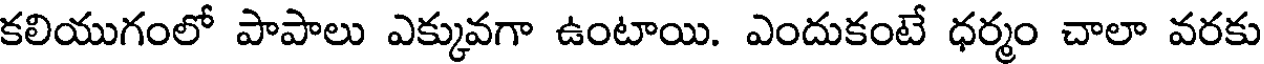
కలియుగంలో పాపాలు ఎక్కువగా ఉంటాయి. ఎందుకంటే ధర్మం చాలా వరకు